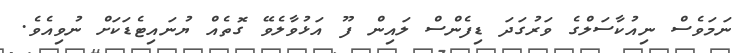
ނަމަވެސް ނިއުކާސަލްގެ ވަރުގަދަ ޑިފެންސް ލައިން ފޫ އަޅުވާލެވޭ ގޮތެއް ޔުނައިޓެޑަކަށް ނުވިއެވެ.